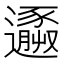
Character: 𨘹